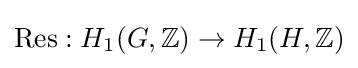
\mathrm {Res} :H_{1}(G,\mathbb {Z} )\to H_{1}(H,\mathbb {Z} )